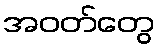
အဝတ်တွေ